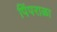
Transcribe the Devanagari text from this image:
पिंपराळा